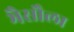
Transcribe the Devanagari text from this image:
भैसौला